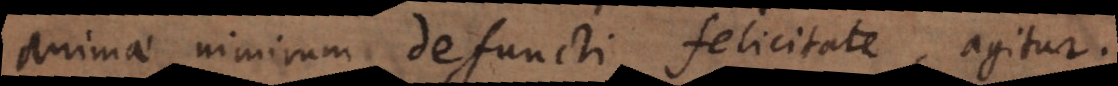
animae nimirum defuncti felicitate, agitur.